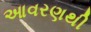
આવરણથી